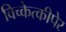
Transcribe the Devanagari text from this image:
विच्केत्कीपेर